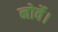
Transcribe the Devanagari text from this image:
नोर्वे।